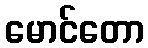
မောင်တော